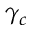
\gamma _ { c }